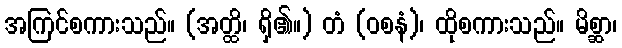
အကြင်စကားသည်။ (အတ္ထိ၊ ရှိ၏။) တံ (ဝစနံ)၊ ထိုစကားသည်။ မိစ္ဆာ၊